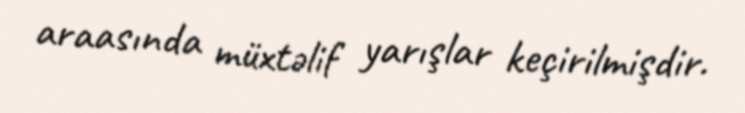
araasında müxtəlif yarışlar keçirilmişdir.